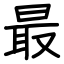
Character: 最